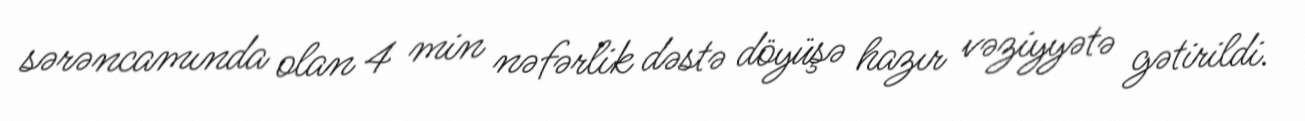
sərəncamında olan 4 min nəfərlik dəstə döyüşə hazır vəziyyətə gətirildi.